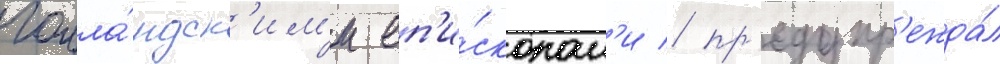
голла́ндск'им'и еп'и́скопам'и / пр'едупр'ежда́л